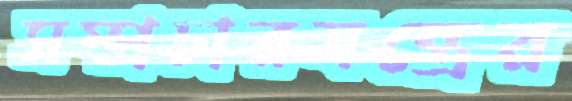
সম্প্রচারযন্ত্রের